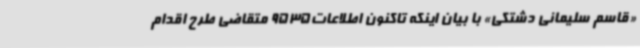
«قاسم سلیمانی دشتکی» با بیان اینکه تاکنون اطلاعات9535 متقاضی طرح اقدام